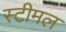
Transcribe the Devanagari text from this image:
स्टीमल